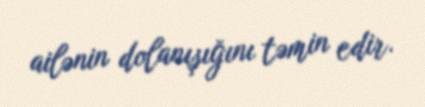
ailənin dolanışığını təmin edir.